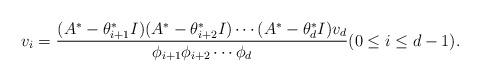
\begin{align*}v_i = \frac{(A^*-\theta^*_{i+1}I)(A^*-\theta^*_{i+2}I) \cdots (A^*-\theta^*_{d}I)v_d}{\phi_{i+1}\phi_{i+2} \cdots \phi_{d}} (0\leq i \leq d-1).\end{align*}